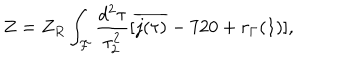
Z = Z _ { R } \int _ { \cal F } \frac { d ^ { 2 } \tau } { \tau _ { 2 } ^ { 2 } } [ \overline { { { j ( \tau ) } } } - 7 2 0 + r _ { \Gamma } ( 1 ) ] ,